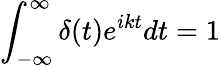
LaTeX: \int_{-\infty}^{\infty}\delta(t)e^{ikt}dt=1